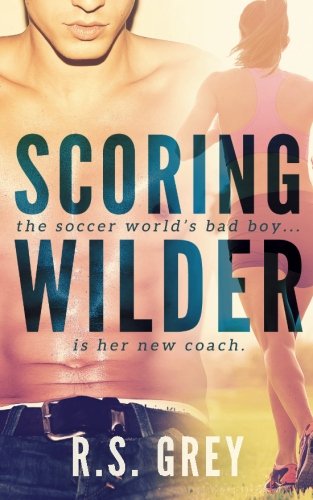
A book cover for Scoring Wilder; R. S Grey; Romance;